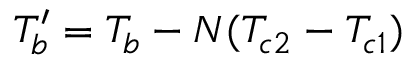
T _ { b } ^ { \prime } = T _ { b } - N ( T _ { c 2 } - T _ { c 1 } )